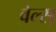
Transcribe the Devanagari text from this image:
वेल्स्